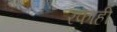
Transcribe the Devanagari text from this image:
रफाही